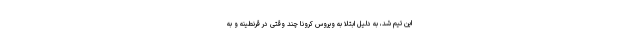
این تیم شد، به دلیل ابتلا به ویروس کرونا چند وقتی در قرنطینه و به